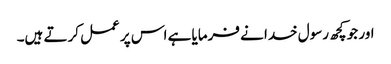
اور جو کچھ رسول خدا نے فرمایا ہے اس پر عمل کرتے ہیں۔